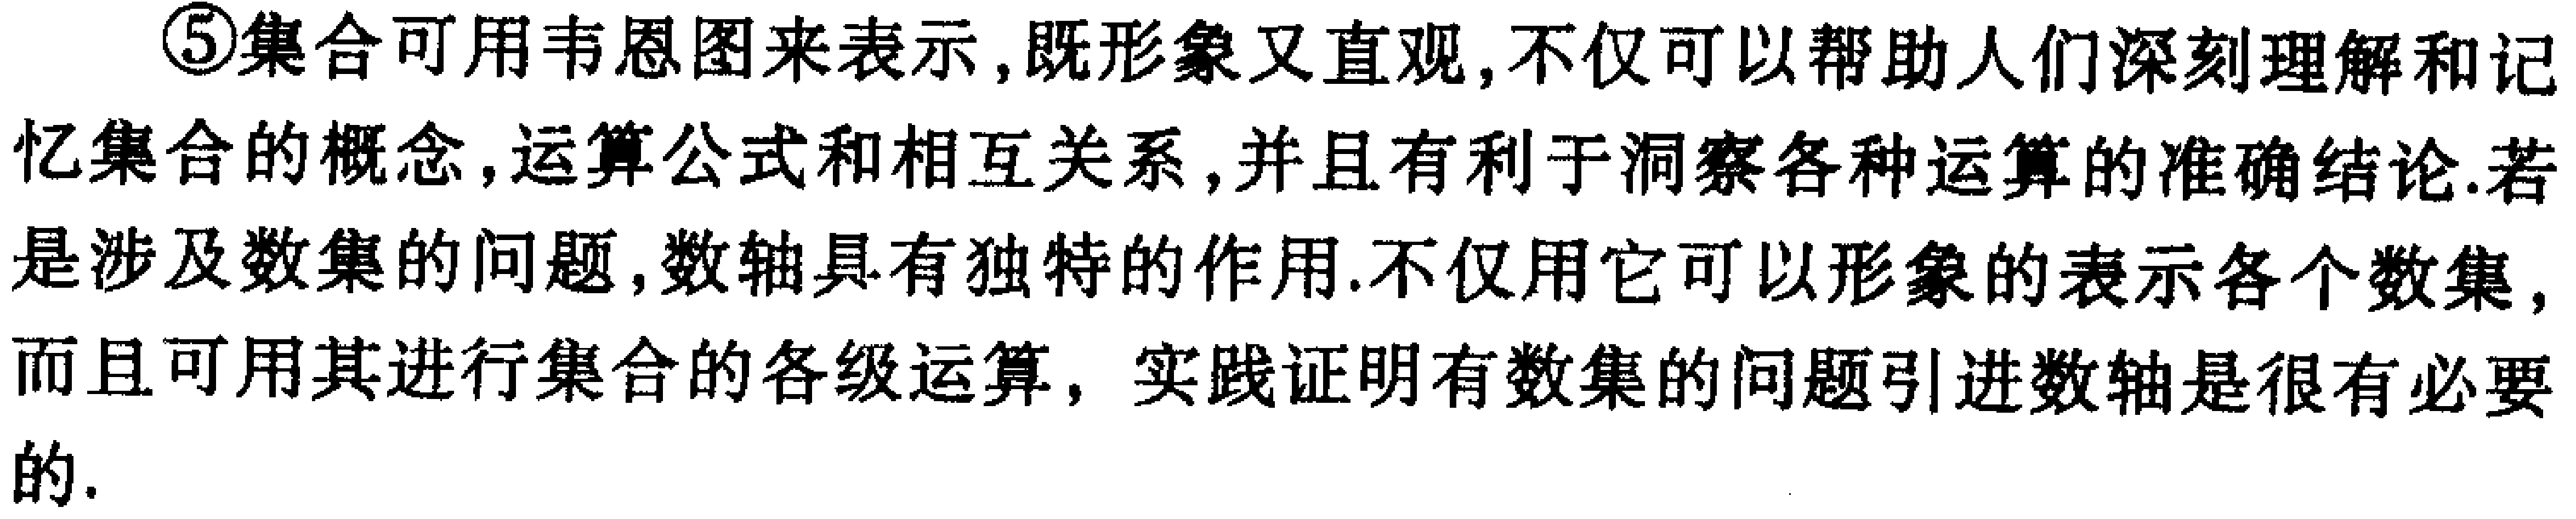
\textcircled{5}集合可用韦恩图来表示,既形象又直观,不仅可以帮助人们深刻理解和记忆集合的概念,运算公式和相互关系,并且有利于洞察各种运算的准确结论.若是涉及数集的问题,数轴具有独特的作用.不仅用它可以形象的表示各个数集,而且可用其进行集合的各级运算, 实践证明有数集的问题引进数轴是很有必要的.